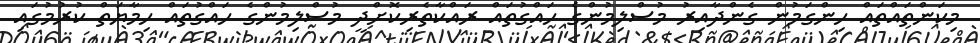
މިކަންތައްތައް ހިންގަމުން ގެންދާއިރު މުސްލިމުންގެ ހައްގުތައް ރައްކާތެރިކޮށްދީ މުސްލިމުންގެ ހައްގުތައް ހިމާޔަތް ކުރުމުގައި